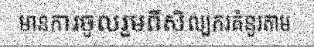
មានការចូលរួមពីសិល្បករគំនូរតាម